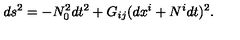
d s ^ { 2 } = - N _ { 0 } ^ { 2 } d t ^ { 2 } + G _ { i j } ( d x ^ { i } + N ^ { i } d t ) ^ { 2 } .